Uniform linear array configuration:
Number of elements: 64
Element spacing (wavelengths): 0.5
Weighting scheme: uniform
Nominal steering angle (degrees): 15
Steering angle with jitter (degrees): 14.965
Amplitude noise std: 0.05
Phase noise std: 0.05

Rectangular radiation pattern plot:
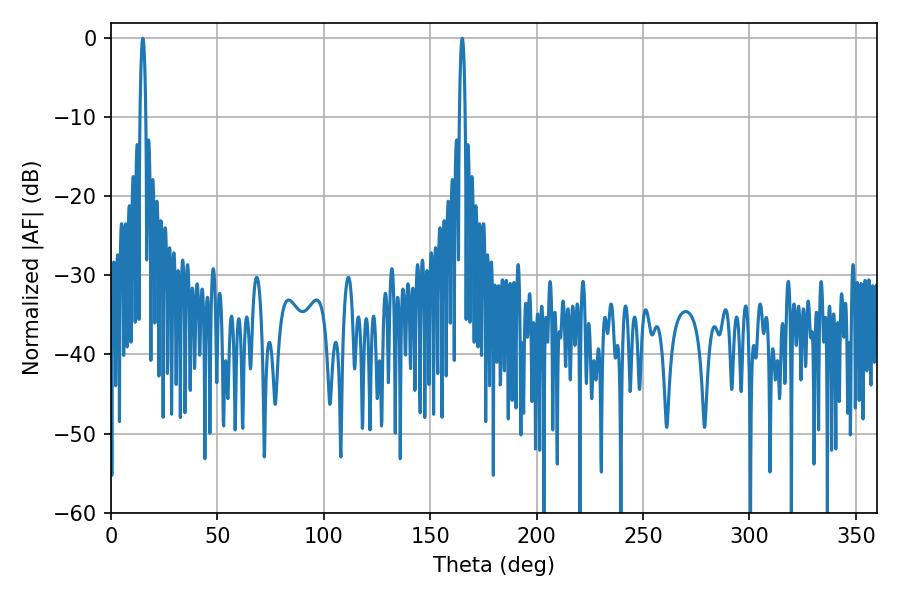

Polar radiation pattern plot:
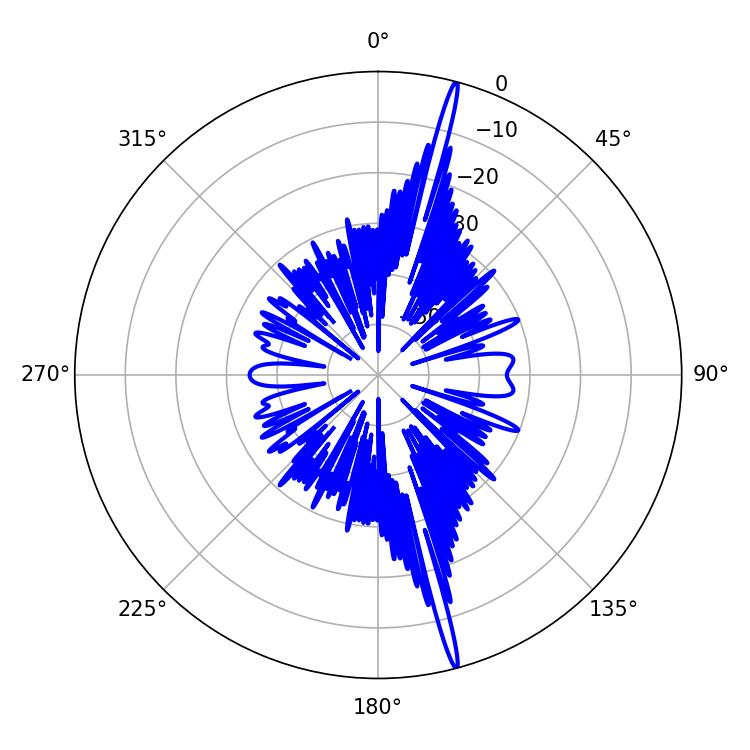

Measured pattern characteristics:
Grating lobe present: FALSE
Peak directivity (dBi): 20.779
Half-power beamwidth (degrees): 1.44
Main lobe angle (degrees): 14.94